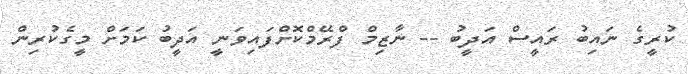
ކުރީގެ ނައިބު ރައީސް އަދީބު -- ނާޒިމް ފްރޭމްކޮށްފައިވަނީ އަދީބު ކަމަށް މީގެކުރިން